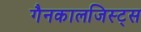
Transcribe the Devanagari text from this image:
गैनकालजिस्ट्स